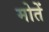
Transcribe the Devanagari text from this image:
मोतें